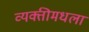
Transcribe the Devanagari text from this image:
व्यक्तीमधला